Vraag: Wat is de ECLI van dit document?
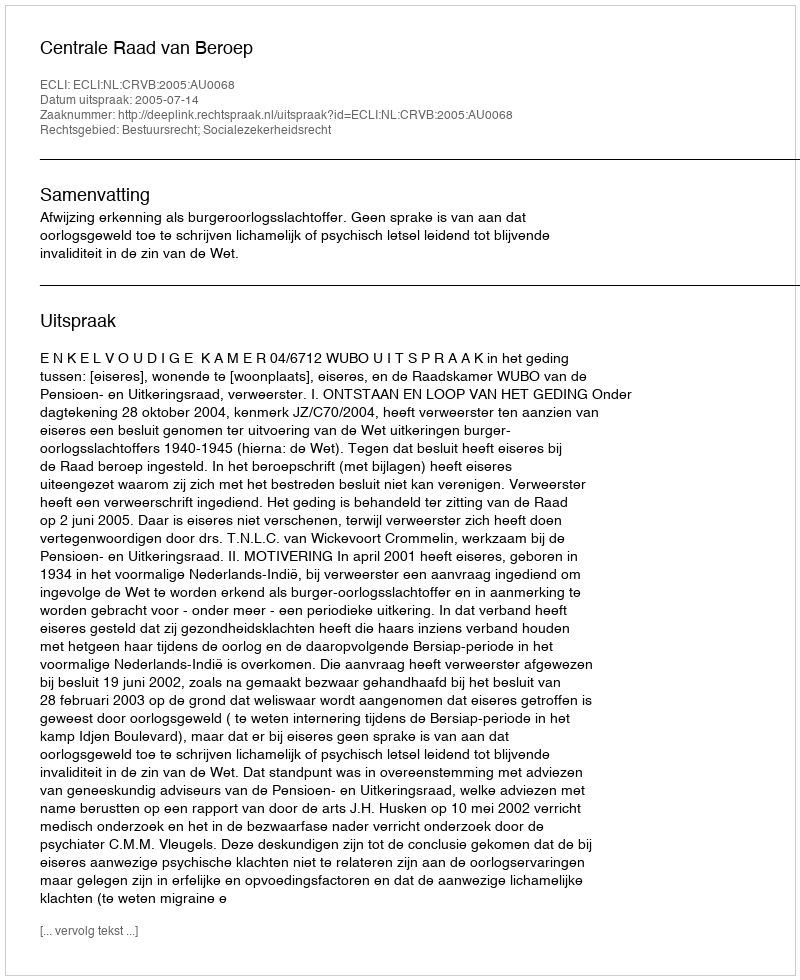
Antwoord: ECLI:NL:CRVB:2005:AU0068